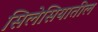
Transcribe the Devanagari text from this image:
सिलेसियातील